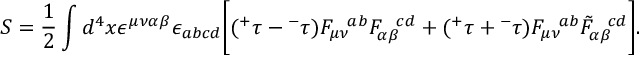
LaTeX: S = \frac { 1 } { 2 } \int d ^ { 4 } x \epsilon ^ { \mu \nu \alpha \beta } \epsilon _ { a b c d } \bigg [ ( { ^ + } \tau - { ^ - } \tau ) F _ { \mu \nu } ^ { ~ ~ a b } F _ { \alpha \beta } ^ { ~ ~ c d } + ( { ^ + } \tau + { ^ - } \tau ) F _ { \mu \nu } ^ { ~ ~ a b } \tilde { F } _ { \alpha \beta } ^ { ~ ~ c d } \bigg ] .